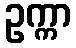
ဥက္ကာ